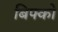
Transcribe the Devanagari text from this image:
बिफ्को